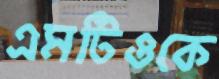
এমটিওকে